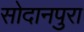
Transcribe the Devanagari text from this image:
सोदानपुरा